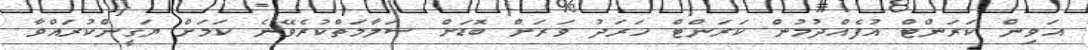
އަވިން ކަރަންޓް އުފެއްދުމުން ކަރަންޓް ހަރަދު ވަރަށް ބޮޑަށް ސަލާމަތްކުރެވޭނެ ކަމަށް ޔަގީންކުރައްވާ